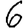
Digit: 6